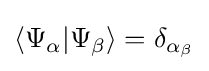
\langle \Psi _{\alpha }|\Psi _{\beta }\rangle =\delta _{\alpha _{\beta }}